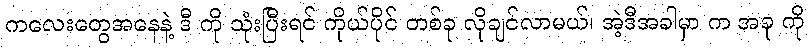
ကလေးတွေအနေနဲ့ ဒီ ကို သုံးပြီးရင် ကိုယ်ပိုင် တစ်ခု လိုချင်လာမယ်၊ အဲ့ဒီအခါမှာ က အခု ကို